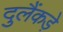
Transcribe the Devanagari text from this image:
दुलैंकड़े